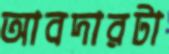
আবদারটা